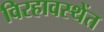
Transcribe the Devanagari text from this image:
विरहावस्थेंत